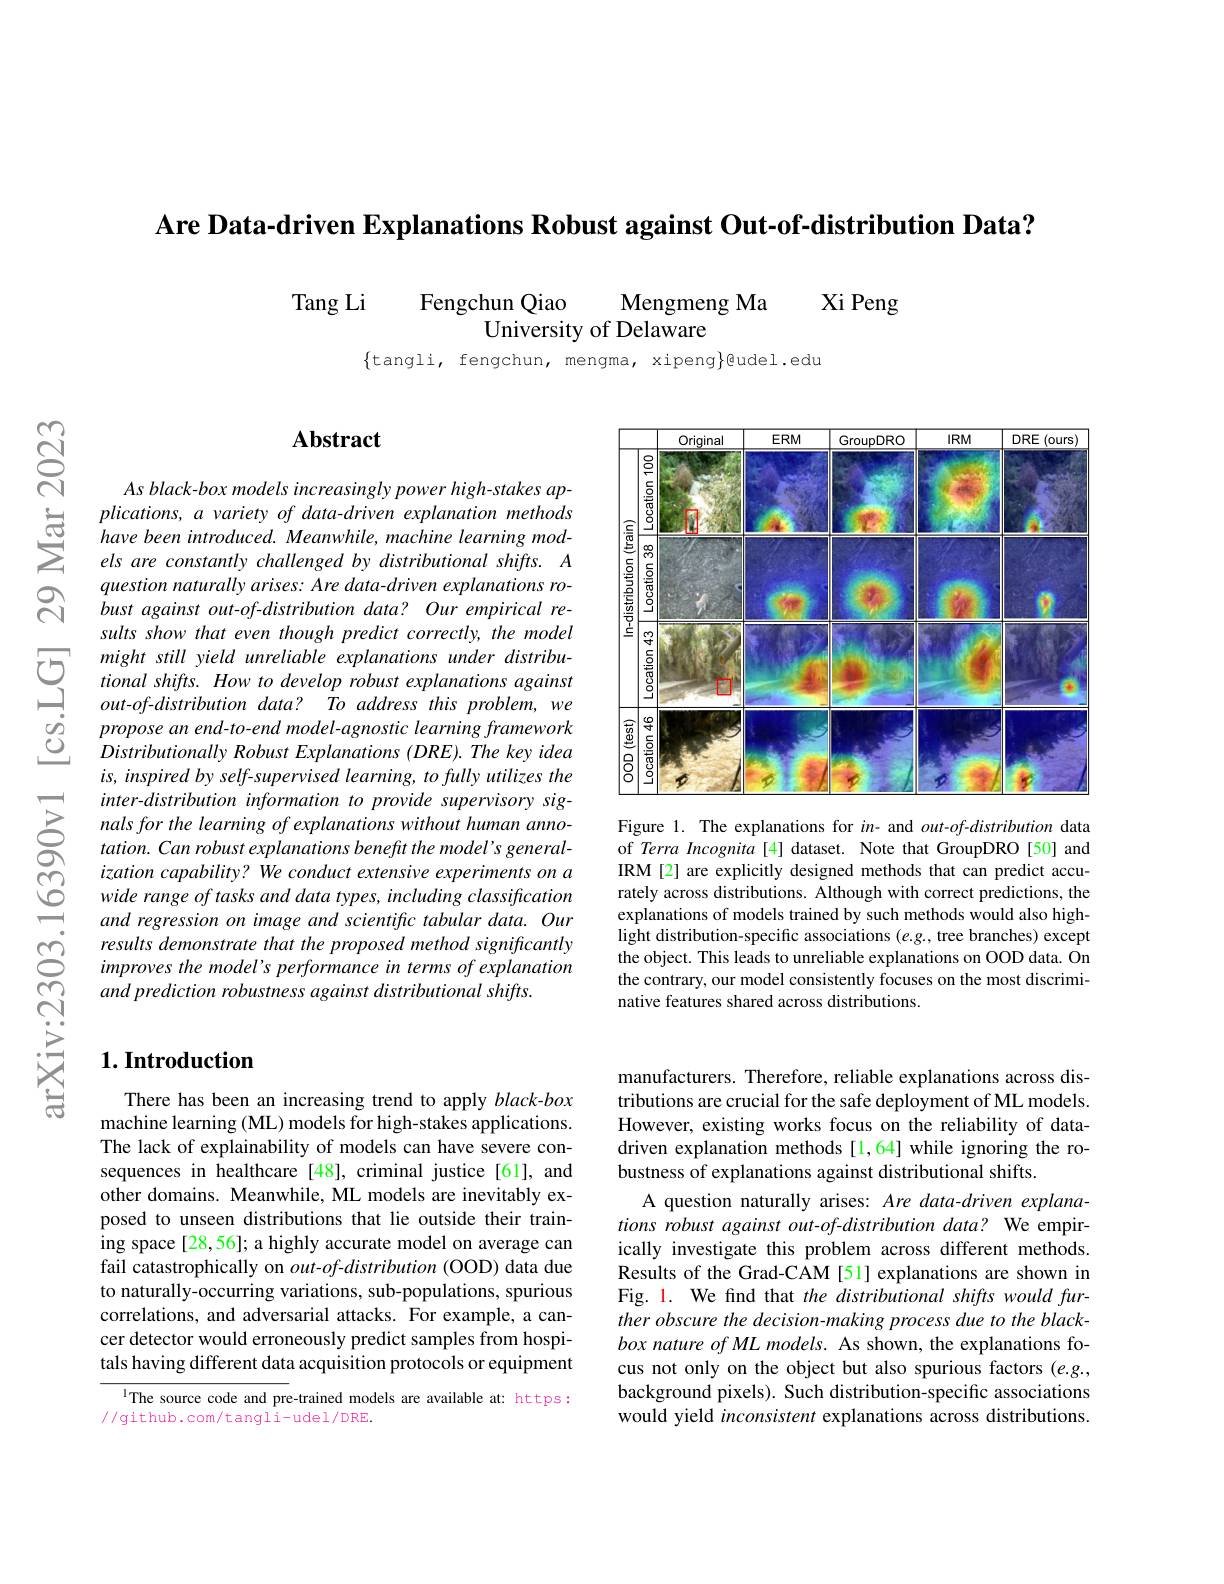
Are Data-driven Explanations Robust against Out-of-distribution Data?

Tang Li
Fengchun Qiao
Xi Peng
Mengmeng Ma
University of Delaware

$\{$tangli, fengchun, mengma, xipeng}@udel.edu

$స్సా$

$ଟ୍ରି$

## $\mathbf{Abstract}$

As black- box models increasingly power high- stakes ap-
$\sum_{\begin{array}{cc}&\text{plications, a variety of data-driven explanation methods}\\&\text{have been introduced. Meanwhile, machine learning mod-}\\&\text{els are constantly challenged by distributional shifts.}\end{array}}$
question naturally arises: Are data-driven explanations robust against out-of-distribution data? Our empirical results show that even though predict correctly, the model
$\begin{array}{ccc}{}might&still&yield&unreliable&explanations&under&distribu-\\\hline&tional&shifts.&How&to&develop&robust&explanations&against\\&out-of-distribution&data?&To&address&this&problem,&we\end{array} $
$out-of-distributiondata?Toaddressthisproblem,we$ propose an end-to-end model-agnostic learning framework Distributionally Robust Explanations (DRE).The key idea is, inspired by self-supervised learning, to fully utilizes the inter-distribution information to provide supervisory signals for the learning of explanations without human annotation. Can robust explanations benefit the model's general-
$\begin{array}{ccc}&ization&capability?&We&conduct&extensive&experiments&on\\\textcircled{\mathrm{O}}&&wide&range&oftasks&and&data&types,&including&classification\\&&and&regression&on&image&and&scientifc&tabular&data.&Our\end{array}$
and regression on image and scientific tabular data. Our results demonstrate that the proposed method significantly improves the model's performance in terms of explanation and prediction robustness against distributional shifts.

## $1. \textbf{Introduction}$

There has been an increasing trend to apply black-box machine learning (ML) models for high-stakes applications. The lack of explainability of models can have severe consequences in healthcare [48], criminal justice [61], and other domains. Meanwhile, ML models are inevitably exposed to unseen distributions that lie outside their training space [28,56]; a highly accurate model on average can fail catastrophically on $out-of$-distribution (OOD) data due to naturally-occurring variations, sub-populations, spurious correlations, and adversarial attacks. For example, a cancer detector would erroneously predict samples from hospitals having different data acquisition protocols or equipment

lThe source code and pre-trained models are available at: https:
//github.com/tangli-udel/DRE.

<FigureHere>

Figure 1. The explanations for in- and $out-of-distribution$ data of Terra Incognita[4] dataset. Note that GroupDRO[50] and IRM [2] are explicitly designed methods that can predict accurately across distributions. Although with correct predictions, the explanations of models trained by such methods would also highlight distribution-specific associations $(e.g.$, tree branches) except the object. This leads to unreliable explanations on OOD data. On the contrary, our model consistently focuses on the most discriminative features shared across distributions.

manufacturers. Therefore, reliable explanations across distributions are crucial for the safe deployment of ML models. However, existing works focus on the reliability of datadriven explanation methods[1,64] while ignoring the robustness of explanations against distributional shifts.
A question naturally arises: Are data-driven explanations robust against out-of-distribution data? We empirically investigate this problem across different methods. Results of the Grad-CAM [51] explanations are shown in Fig. 1. We find that the distributional shifts would further obscure the decision-making process due to the blackbox nature of ML models. As shown, the explanations focus not only on the object but also spurious factors $(e.g.$, background pixels). Such distribution-specific associations would yield inconsistent explanations across distributions.